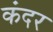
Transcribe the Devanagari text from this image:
कंदर